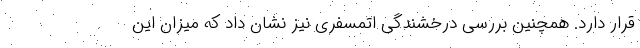
قرار دارد. همچنین بررسی درخشندگی اتمسفری نیز نشان داد که میزان این